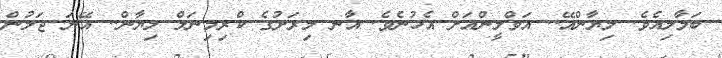
ބަލާލިއެވެ. ލިޔާންއޭ.. އަވްލީންއަށް އެހުނެވެ. އާނ މިރަށުގެ ކްރިމިނަލް ލިޔާން.. އޭނަ ޖަލުން